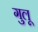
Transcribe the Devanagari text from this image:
गुलू